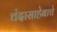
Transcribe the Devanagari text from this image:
चंदासाहेबाचे